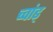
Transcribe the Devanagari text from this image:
च्वांड्